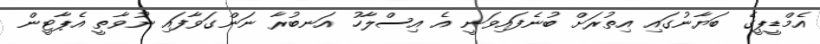
އެމްޑީޕީގެ ބަޔާނުގައި އިތުރަށް ބުނެފައިވަނީ އެ އިސްލާހު އަނބުރާ ނަންގަވާފައި ނުވާތީ އެޕާޓީން